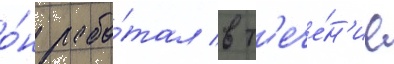
о́н рабо́тал в т'ече́н'ие